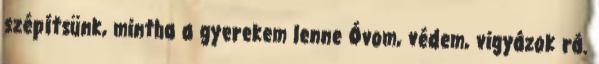
szépítsünk, mintha a gyerekem lenne Óvom, védem, vigyázok rá.